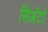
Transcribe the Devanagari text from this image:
सिअॅटो